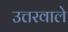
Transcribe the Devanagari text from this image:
उत्तरवाले